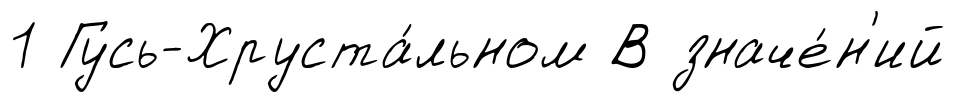
1 Гусь-Хруста́льном В значе́н'ий